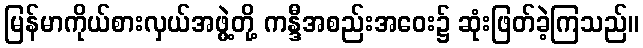
မြန်မာကိုယ်စားလှယ်အဖွဲ့တို့ ကန္ဒီအစည်းအဝေး၌ ဆုံးဖြတ်ခဲ့ကြသည်။